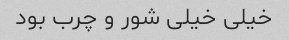
خیلی خیلی شور و چرب بود